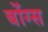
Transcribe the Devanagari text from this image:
बोंग्स